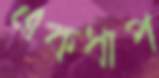
একধাপ